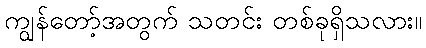
ကျွန်တော့်အတွက် သတင်း တစ်ခုရှိသလား။